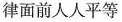
律面前人人平等